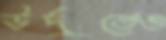
উর্দুতেও